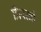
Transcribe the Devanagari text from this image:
त्रिरत्नों